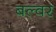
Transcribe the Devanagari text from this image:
बल्वर